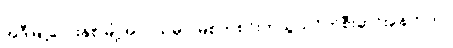
အဲဒီမြို့လေးနှစ်မြို့အလယ်မှာ မြစ်တစင်းကသွယ်ဝိုက်စီးဆင်းနေတယ်။